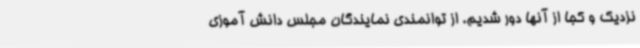
نزدیک و کجا از آنها دور شدیم. از توانمندی نمایندگان مجلس دانش آموزی